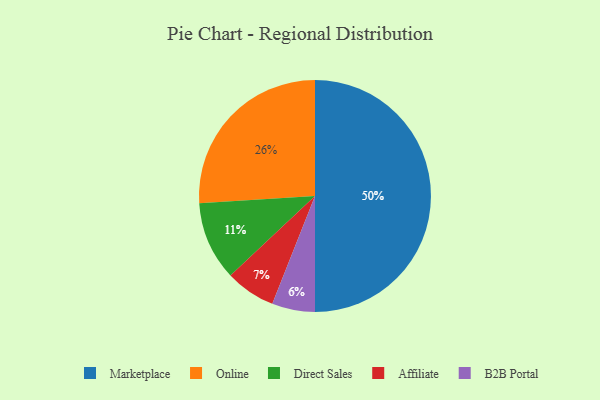
{"axis": {"x": "Category", "y": "Percentage"}, "legend": ["Affiliate", "B2B Portal", "Direct Sales", "Marketplace", "Online"], "data": [{"x": "Affiliate", "y": 7, "type": "Affiliate"}, {"x": "Online", "y": 26, "type": "Online"}, {"x": "Marketplace", "y": 50, "type": "Marketplace"}, {"x": "B2B Portal", "y": 6, "type": "B2B Portal"}, {"x": "Direct Sales", "y": 11, "type": "Direct Sales"}]}